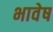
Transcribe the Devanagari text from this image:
भावेष